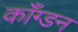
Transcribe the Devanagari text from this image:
काँग्डन